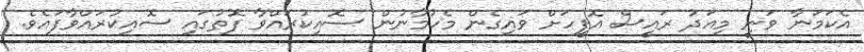
އެކަމަނާ ވަނީ މިއަދު ރައީސް އޮފީހަށް ވަައިގެން މެހުމާނުން ސޮއިކުރައްވާ ފޮތުގައި ސޮއިކުރައްވާފައެވެ.